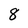
Character: 8